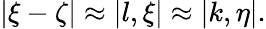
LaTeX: \begin{array}{r}{|\xi-\zeta|\approx|l,\xi|\approx|k,\eta|.}\end{array}